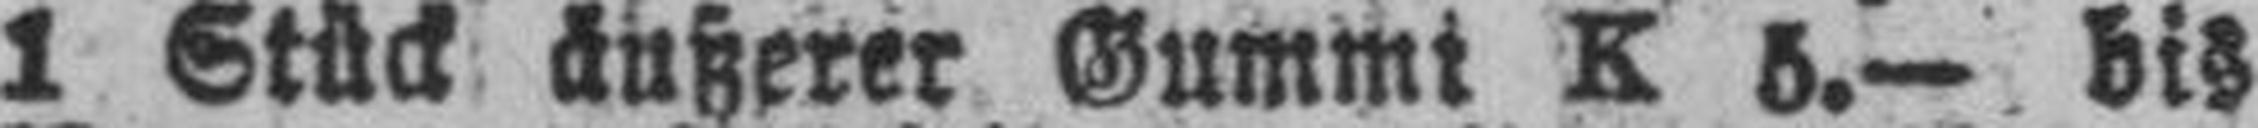
1 Stück äußerer Gummi K 5.— bis